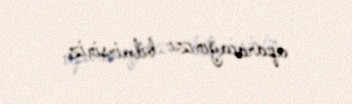
aparacağınızı bilmirsiniz.